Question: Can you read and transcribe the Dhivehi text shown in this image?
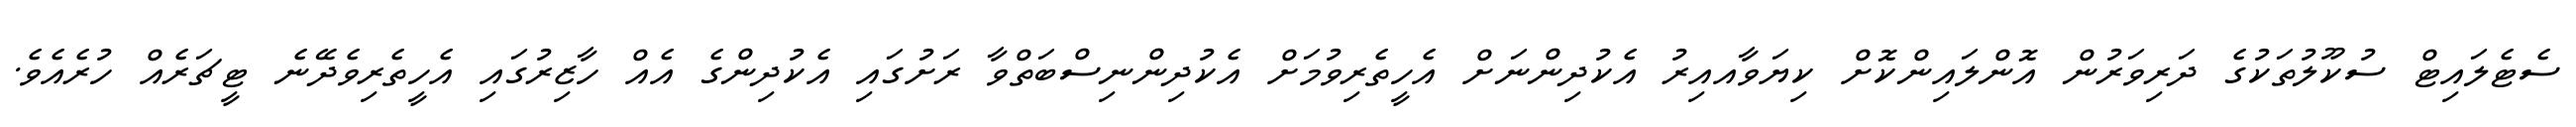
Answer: ސެޓެލައިޓް ސުކޫލުތަކުގެ ދަރިވަރުން އޮންލައިންކޮށް ކިޔަވާއއިރު އެކުދިންނަށް އެހީތެރިވުމަށް އެކުދިންނިސްބަތްވާ ރަށުގައި އެކުދިންގެ އެއް ހާޒިރުގައި އެހީތެރިވެދޭނެ ޓީޗަރެއް ހުރެއެވެ.